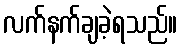
လက်နက်ချခဲ့ရသည်။